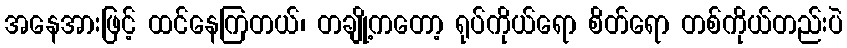
အနေအားဖြင့် ထင်နေကြတယ်၊ တချို့ကတော့ ရုပ်ကိုယ်ရော စိတ်ရော တစ်ကိုယ်တည်းပဲ